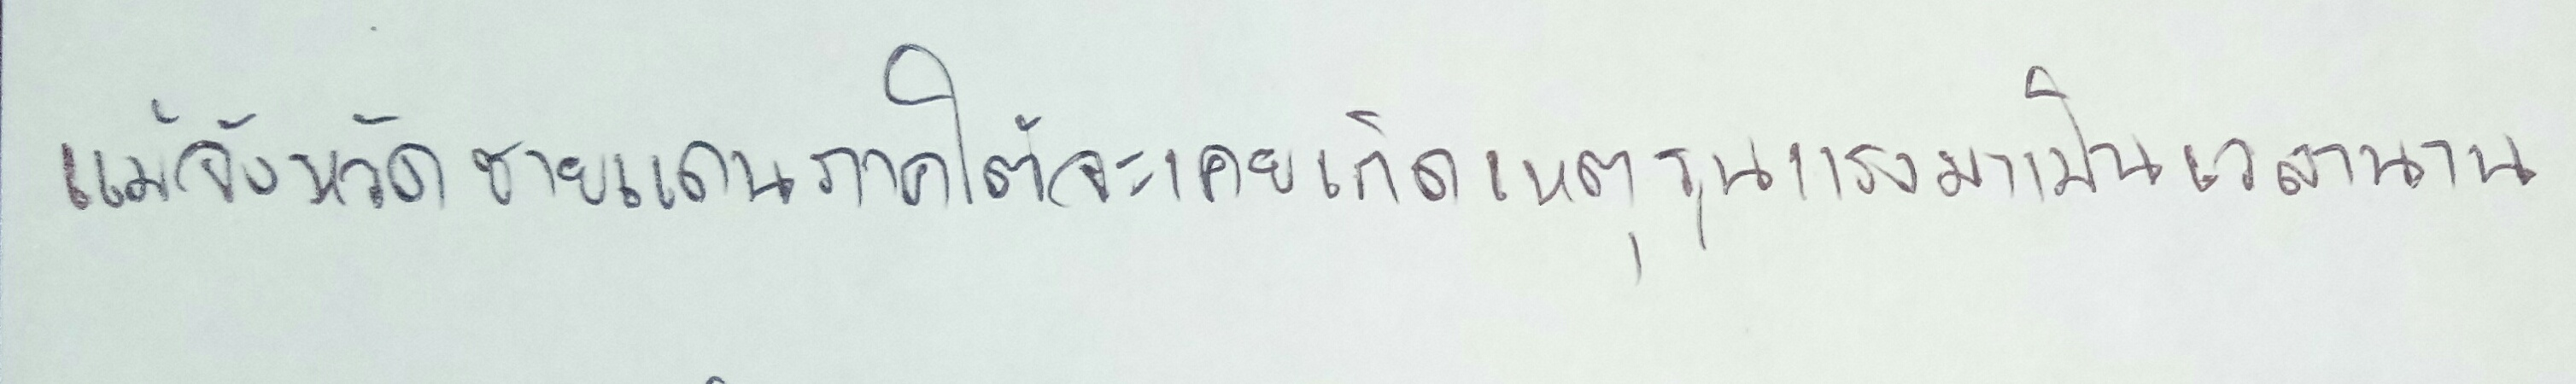
แม้จังหวัดชายแดนภาคใต้จะเคยเกิดเหตุรุนแรงมาเป็นเวลานาน